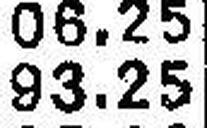
93.25